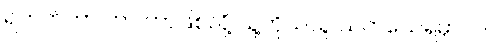
ရဘက်ကာ ဟာ ဘာဖြစ်လို့ သူ့ကိုယ်သူ သတ်သေရမှာလဲ။